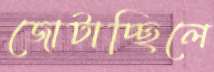
জোটাচ্ছিলে